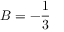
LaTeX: B = - { \frac { 1 } { 3 } }